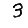
Digit: 3